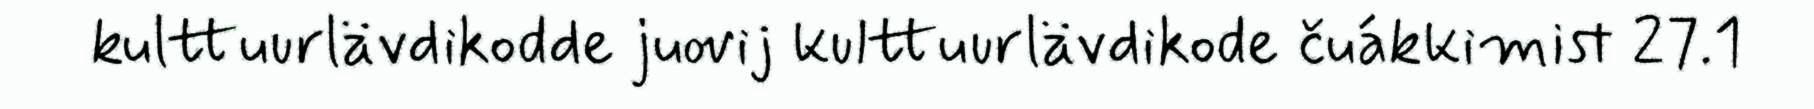
kulttuurlävdikodde juovij kulttuurlävdikode čuákkimist 27.1